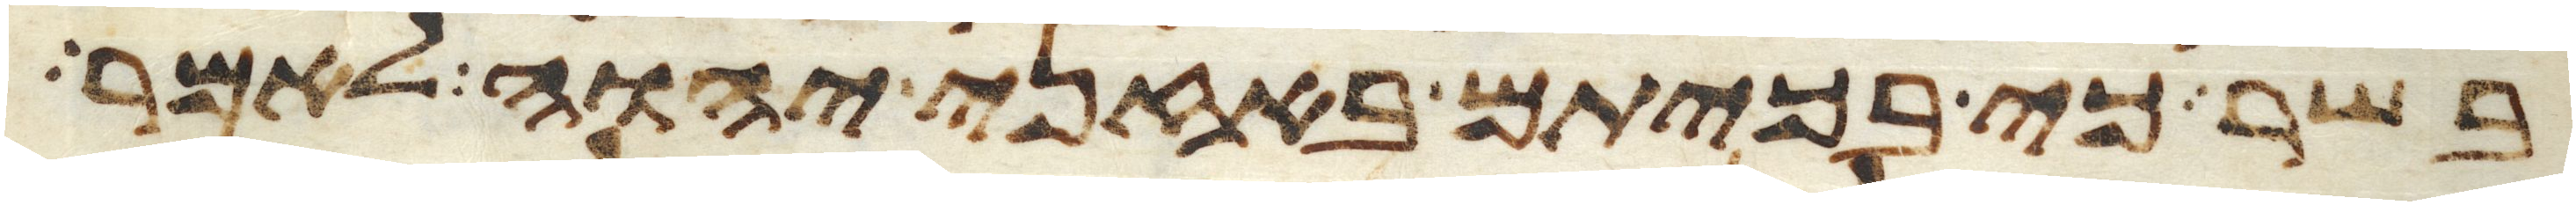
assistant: בשר כי בכיתם באזני יהוה לאמר